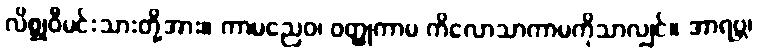
လိစ္ဆုဝီမင်းသားတို့အား။ ကာမညေဝ၊ ဝတ္ထုကာမ ကိလောသာကာမကိုသာလျှင်။ အာရဗ္ဘ၊